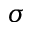
\sigma